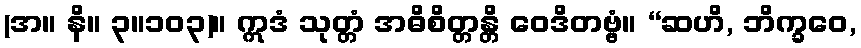
(အ။ နိ။ ၃။၁၀၃)။ ဣဒံ သုတ္တံ အဓိစိတ္တန္တိ ဝေဒိတဗ္ဗံ။ “ဆဟိ, ဘိက္ခဝေ,